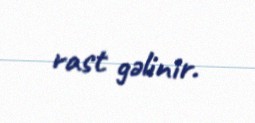
rast gəlinir.